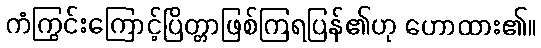
ကံကြွင်းကြောင့်ပြိတ္တာဖြစ်ကြရပြန်၏ဟု ဟောထား၏။